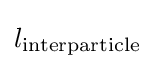
l_{\text{interparticle}}